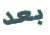
بعد